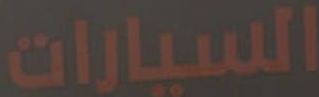
السيارات